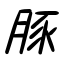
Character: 豚